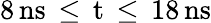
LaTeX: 8\, \mathrm{{ns}\, \leq\, t\, \leq\, 18\, \mathrm{{ns}}}